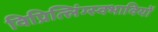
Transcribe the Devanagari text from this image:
विप्रित्लिंग्स्वभावियों